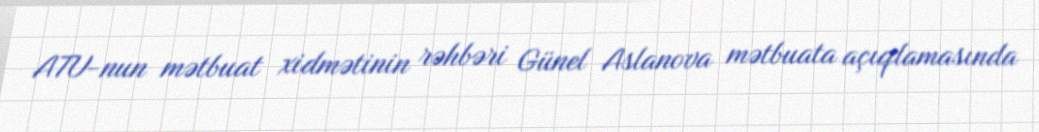
ATU-nun mətbuat xidmətinin rəhbəri Günel Aslanova mətbuata açıqlamasında